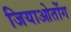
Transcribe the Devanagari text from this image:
जियाओतोंग